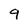
Character: q